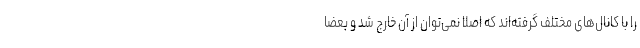
را با کانال‌های مختلف گرفته‌اند که اصلا نمی‌توان از آن خارج شد و بعضا